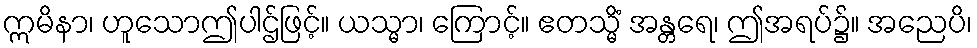
ဣမိနာ၊ ဟူသောဤပါဌ်ဖြင့်။ ယသ္မာ၊ ကြောင့်။ ဧတသ္မိံ အန္တရေ၊ ဤအရပ်၌။ အညေပိ၊